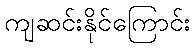
ကျဆင်းနိုင်ကြောင်း